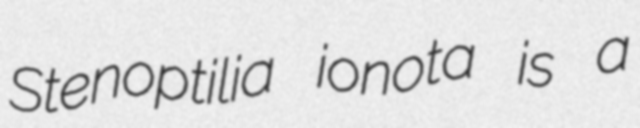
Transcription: Stenoptilia ionota is a